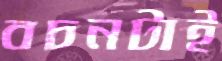
বচনটাই